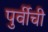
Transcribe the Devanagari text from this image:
पुर्वीची